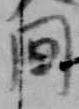
間